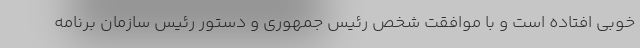
خوبی افتاده است و با موافقت شخص رئیس جمهوری و دستور رئیس سازمان برنامه